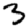
Digit: 3